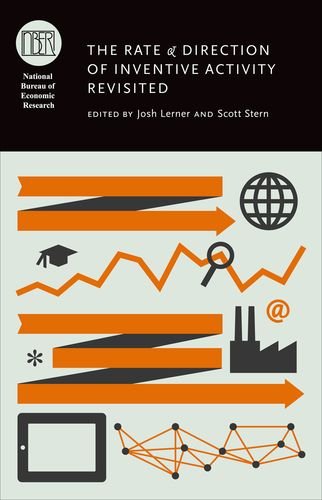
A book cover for The Rate and Direction of Inventive Activity Revisited (National Bureau of Economic Research Conference Report); Business & Money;